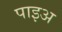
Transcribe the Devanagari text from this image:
पाइअ